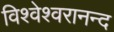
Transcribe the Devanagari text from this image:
विश्वेश्वरानन्द